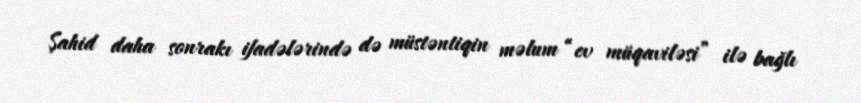
Şahid daha sonrakı ifadələrində də müstəntiqin məlum “ev müqaviləsi” ilə bağlı